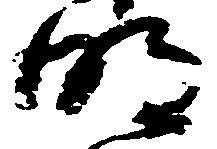
明